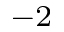
^ { - 2 }